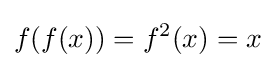
f(f(x))=f^{2}(x)=x